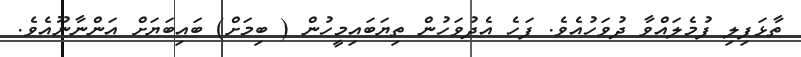
ތާޅަފިލި ފުމެލައްވާ ދުވަހުއެވެ. ފަހެ އެދުވަހުން ތިޔަބައިމީހުން ( ބިމަށް) ބައިބަޔަށް އަންނާނޫއެވެ.